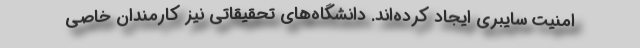
امنیت سایبری ایجاد کرده‌اند. دانشگاه‌های تحقیقاتی نیز کارمندان خاصی